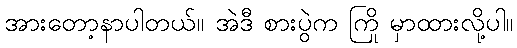
အားတော့နာပါတယ်။ အဲဒီ စားပွဲက ကြို မှာထားလို့ပါ။